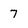
Character: 7